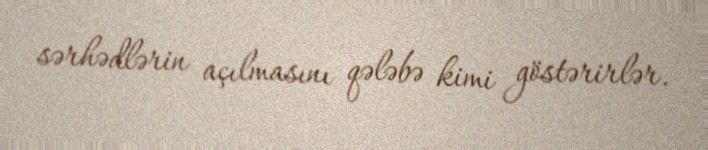
sərhədlərin açılmasını qələbə kimi göstərirlər.